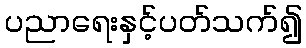
ပညာရေးနှင့်ပတ်သက်၍